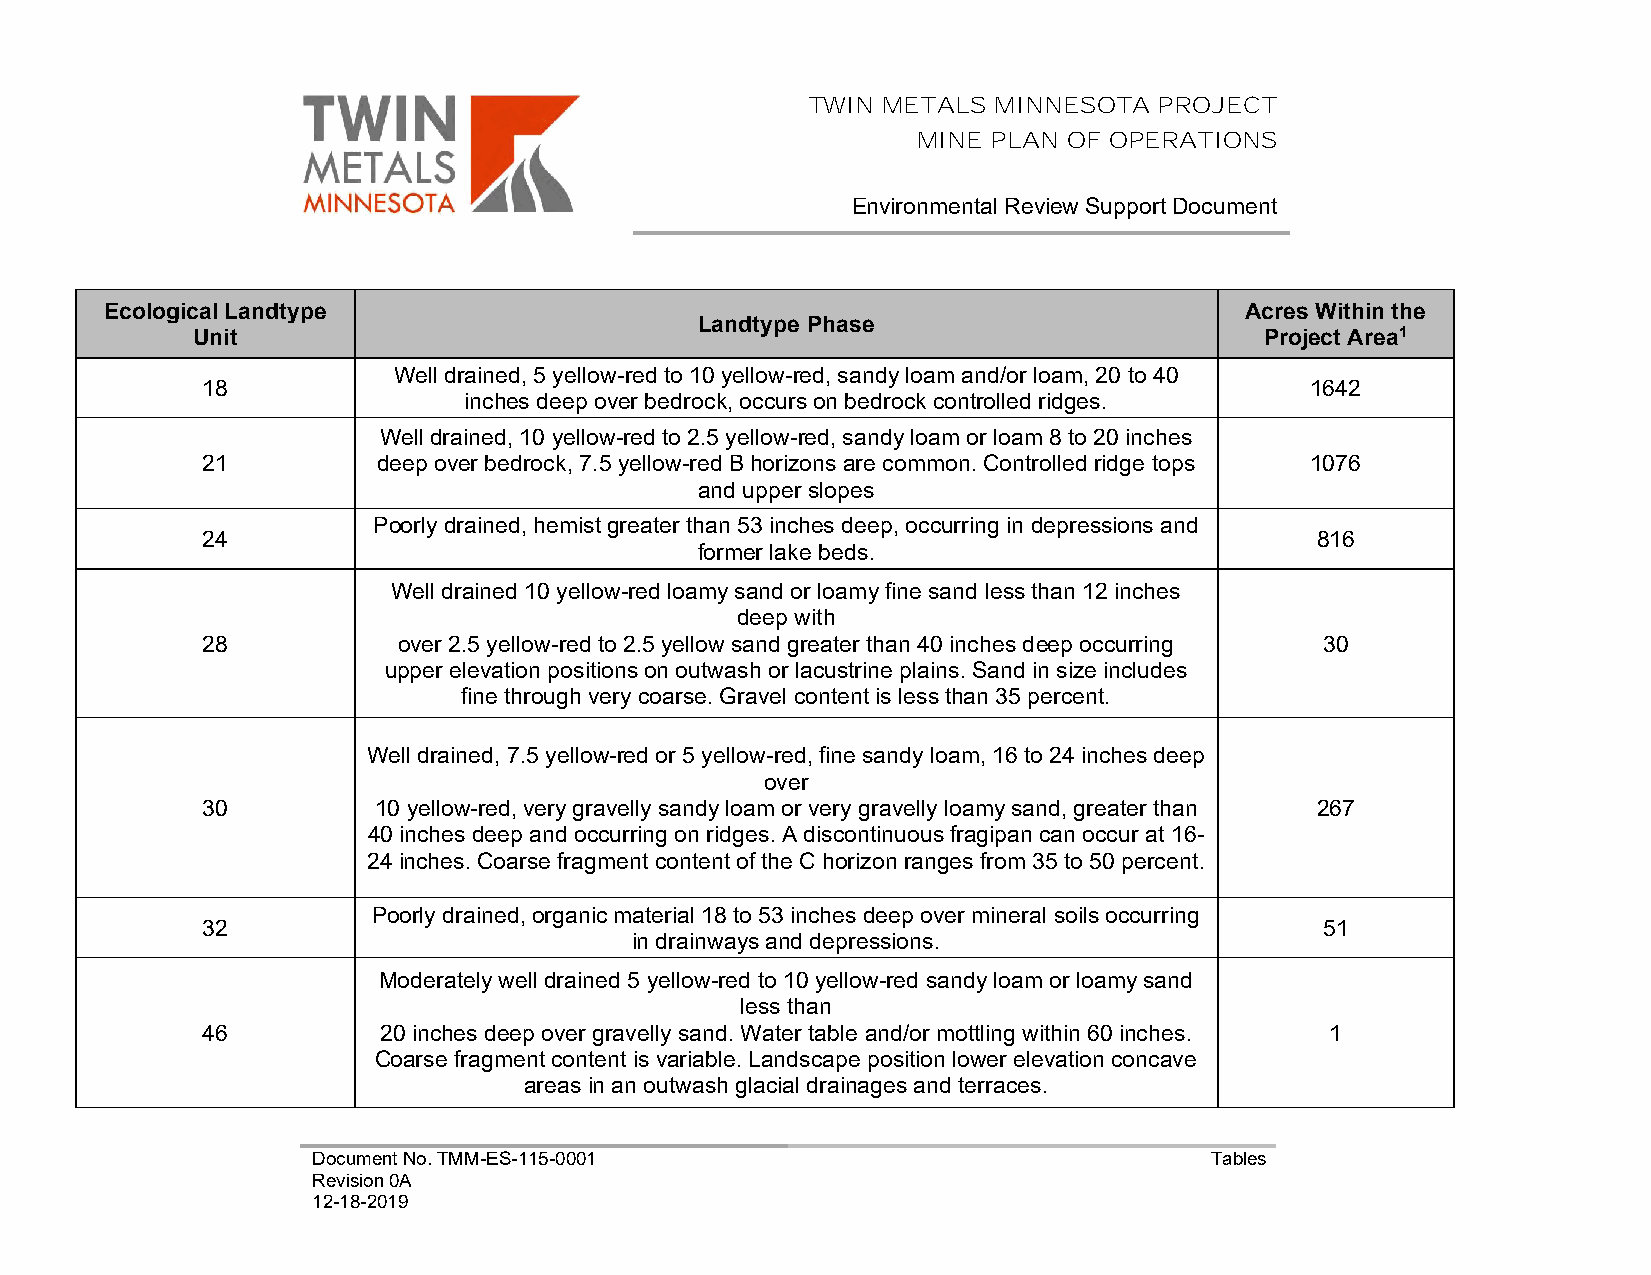
TWIN METALS  MINNESOTA  PROJECT
 MINE PLAN OF OPERATIONS
 Environmental Review Support Document
 Ecological Landtype                                                        Acres Within the
 Landtype Phase
 Unit                                                                   Project Area1
 Well drained, 5 yellow-red to 10 yellow-red, sandy loam and/or loam, 20 to 40
 18                                                                        1642
 inches deep over bedrock, occurs on bedrock controlled ridges.
 Well drained, 10 yellow-red to 2.5 yellow-red, sandy loam or loam 8 to 20 inches
 21          deep over bedrock, 7.5 yellow-red B horizons are common. Controlled ridge tops 1076
 and upper slopes
 Poorly drained, hemist greater than 53 inches deep, occurring in depressions and
 24                                                                        816
 former lake beds.
 Well drained 10 yellow-red loamy sand or loamy fine sand less than 12 inches
 deep with
 28           over 2.5 yellow-red to 2.5 yellow sand greater than 40 inches deep occurring 30
 upper elevation positions on outwash or lacustrine plains. Sand in size includes
 fine through very coarse. Gravel content is less than 35 percent.
 Well drained, 7.5 yellow-red or 5 yellow-red, fine sandy loam, 16 to 24 inches deep
 over
 30          10 yellow-red, very gravelly sandy loam or very gravelly loamy sand, greater than 267
 40 inches deep and occurring on ridges. A discontinuous fragipan can occur at 16-
 24 inches. Coarse fragment content of the C horizon ranges from 35 to 50 percent.
 Poorly drained, organic material 18 to 53 inches deep over mineral soils occurring
 32                                                                         51
 in drainways and depressions.
 Moderately well drained 5 yellow-red to 10 yellow-red sandy loam or loamy sand
 less than
 46          20 inches deep over gravelly sand. Water table and/or mottling within 60 inches. 1
 Coarse fragment content is variable. Landscape position lower elevation concave
 areas in an outwash glacial drainages and terraces.
 Document No. TMM-ES-115-0001                               Tables
 Revision 0A
 12-18-2019